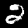
Label: 2